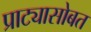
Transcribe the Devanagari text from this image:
प्राट्यासोबत